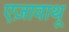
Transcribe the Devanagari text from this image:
एज़ावाथू